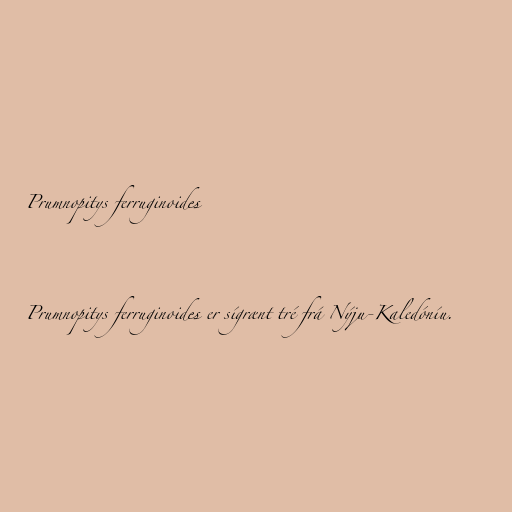
Prumnopitys ferruginoides

Prumnopitys ferruginoides er sígrænt tré frá Nýju-Kaledóníu.